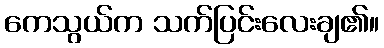
ကေသွယ်က သက်ပြင်းလေးချ၏။